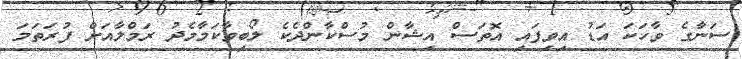
ސަނާގެ ވާހަކަ އަޑު އިވިފައި އޮތަސް އިޝާން މުސްކާންދެކެ ލޯބިވާކަމާމެދު ރަމްލާއަށް ފުރަތަމަ